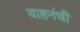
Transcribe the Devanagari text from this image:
वाहनंची